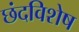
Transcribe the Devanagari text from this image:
छंदविशेष